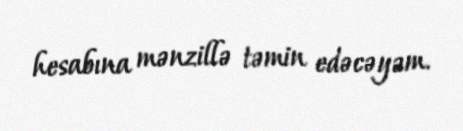
hesabına mənzillə təmin edəcəyəm.